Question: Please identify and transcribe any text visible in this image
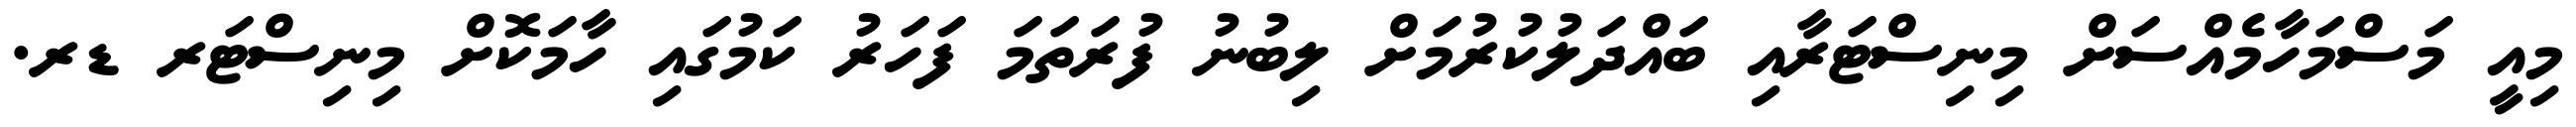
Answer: މިއީ މަސްމަހާމެއްސަށް މިނިސްޓަރާއި ބައްދަލުކުރުމަށް ލިބުނު ފުރަތަމަ ފަހަރު ކަމުގައި ހާމަކޮށް މިނިސްޓަރ ޑރ.